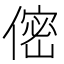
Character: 㑻